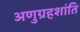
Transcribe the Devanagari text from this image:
अणुग्रहशांति